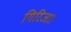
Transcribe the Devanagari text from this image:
गिरिजा।